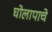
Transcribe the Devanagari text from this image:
घोलापाचे